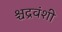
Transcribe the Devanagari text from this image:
श्चद्रवंशी